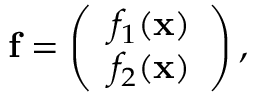
{ \bf f } = \left( \begin{array} { c } { { f _ { 1 } ( { \bf x } ) } } \\ { { f _ { 2 } ( { \bf x } ) } } \end{array} \right) ,